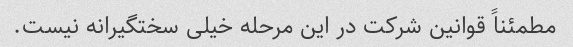
مطمئناً قوانین شرکت در این مرحله خیلی سختگیرانه نیست.